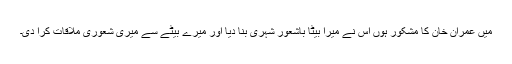
میں عمران خان کا مشکور ہوں اس نے میرا بیٹا باشعور شہری بنا دیا اور میرے بیٹے سے میری شعوری ملاقات کرا دی۔